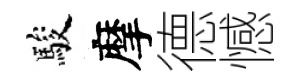
駿摩德憾